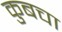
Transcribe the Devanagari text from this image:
कुबचा